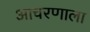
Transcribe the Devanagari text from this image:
आचरणाला